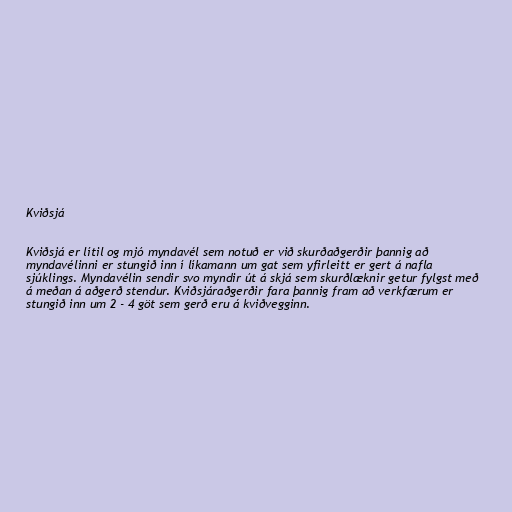
Kviðsjá

Kviðsjá er lítil og mjó myndavél sem notuð er við skurðaðgerðir þannig að
myndavélinni er stungið inn í líkamann um gat sem yfirleitt er gert á nafla
sjúklings. Myndavélin sendir svo myndir út á skjá sem skurðlæknir getur fylgst með
á meðan á aðgerð stendur. Kviðsjáraðgerðir fara þannig fram að verkfærum er
stungið inn um 2 - 4 göt sem gerð eru á kviðvegginn.